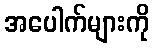
အပေါက်များကို